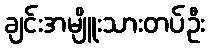
ချင်းအမျိူးသားတပ်ဦး